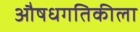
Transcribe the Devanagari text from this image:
औषधगतिकीला